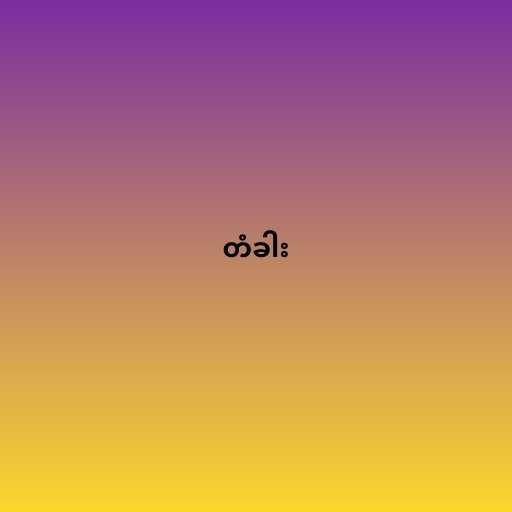
တံခါး